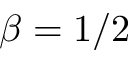
\beta = 1 / 2